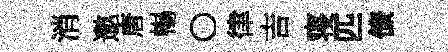
消邀唐暢〇律吉寝匹僚